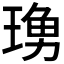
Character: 𤧓